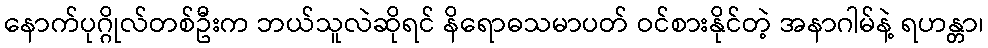
နောက်ပုဂ္ဂိုလ်တစ်ဦးက ဘယ်သူလဲဆိုရင် နိရောဓသမာပတ် ဝင်စားနိုင်တဲ့ အနာဂါမ်နဲ့ ရဟန္တာ၊